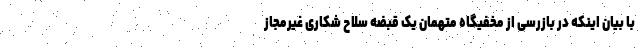
با بیان اینکه در بازرسی از مخفیگاه متهمان یک قبضه سلاح شکاری غیرمجاز